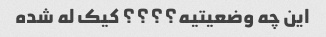
این چه وضعیتیه؟؟؟؟ کیک له شده